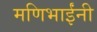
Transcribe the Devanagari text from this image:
मणिभाईंनी